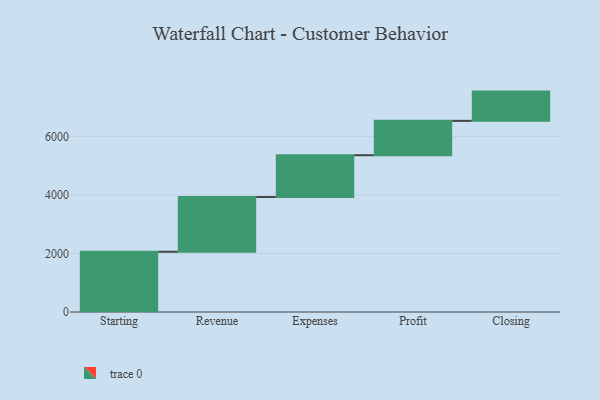
{"axis": {"x": "Step", "y": "Value"}, "legend": [""], "data": [{"x": "Starting", "y": 2060.0, "type": ""}, {"x": "Revenue", "y": 1871.0, "type": ""}, {"x": "Expenses", "y": 1427.0, "type": ""}, {"x": "Profit", "y": 1174.0, "type": ""}, {"x": "Closing", "y": 1000, "type": ""}]}